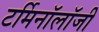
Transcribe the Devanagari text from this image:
टर्मिनाॅलाॅजी